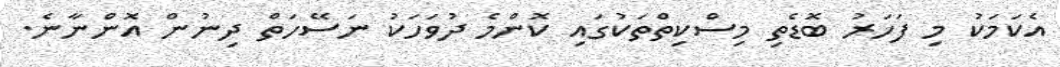
އެކަމަކު މި ފަހަރު ބޮޑެތި މިސްކިތްތަކުގައި ކޮންމެ ދުވަހަކު ނަސޭހަތް ދިނުން އޮންނާނެ.